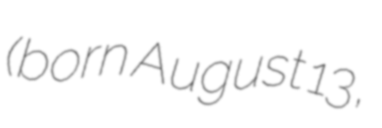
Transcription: (born August 13,